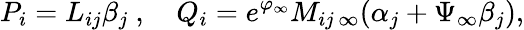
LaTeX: P_{i}=L_{ij}{\beta}_{j}\ ,\ \ \ \ Q_{i}=e^{\varphi_{\infty}}M_{ij\, \infty}(\alpha_{j}+\Psi_{\infty}\beta_{j}),